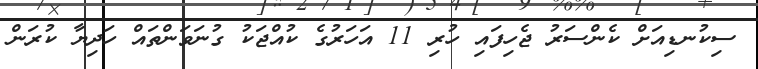
ސިކުނޑިއަަށް ކެންސަރު ޖެހިފައި ހުރި 11 އަހަރުގެ ކުއްޖަކު ގުނަވަންތައް ހަދިޔާ ކުރަން